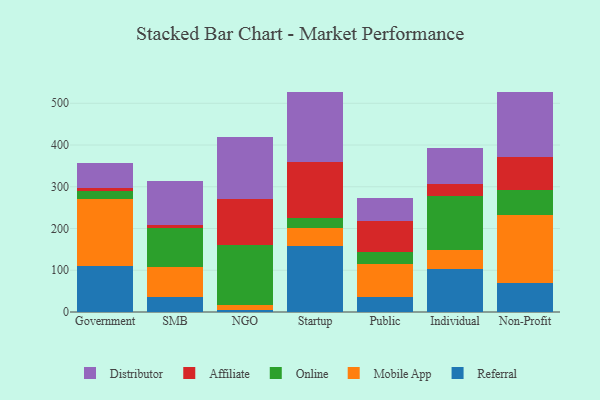
{"axis": {"x": "Segment", "y": "Headcount"}, "legend": ["Affiliate", "Distributor", "Mobile App", "Online", "Referral"], "data": [{"x": "Government", "y": 110.6, "type": "Referral"}, {"x": "Government", "y": 159.2, "type": "Mobile App"}, {"x": "Government", "y": 20.7, "type": "Online"}, {"x": "Government", "y": 6.3, "type": "Affiliate"}, {"x": "Government", "y": 59.0, "type": "Distributor"}, {"x": "SMB", "y": 36.8, "type": "Referral"}, {"x": "SMB", "y": 70.9, "type": "Mobile App"}, {"x": "SMB", "y": 93.7, "type": "Online"}, {"x": "SMB", "y": 7.8, "type": "Affiliate"}, {"x": "SMB", "y": 104.8, "type": "Distributor"}, {"x": "NGO", "y": 5.6, "type": "Referral"}, {"x": "NGO", "y": 10.6, "type": "Mobile App"}, {"x": "NGO", "y": 144.6, "type": "Online"}, {"x": "NGO", "y": 110.1, "type": "Affiliate"}, {"x": "NGO", "y": 148.0, "type": "Distributor"}, {"x": "Startup", "y": 159.3, "type": "Referral"}, {"x": "Startup", "y": 41.4, "type": "Mobile App"}, {"x": "Startup", "y": 25.2, "type": "Online"}, {"x": "Startup", "y": 133.3, "type": "Affiliate"}, {"x": "Startup", "y": 167.3, "type": "Distributor"}, {"x": "Public", "y": 36.6, "type": "Referral"}, {"x": "Public", "y": 78.9, "type": "Mobile App"}, {"x": "Public", "y": 27.6, "type": "Online"}, {"x": "Public", "y": 75.2, "type": "Affiliate"}, {"x": "Public", "y": 56.0, "type": "Distributor"}, {"x": "Individual", "y": 102.7, "type": "Referral"}, {"x": "Individual", "y": 46.0, "type": "Mobile App"}, {"x": "Individual", "y": 128.3, "type": "Online"}, {"x": "Individual", "y": 30.2, "type": "Affiliate"}, {"x": "Individual", "y": 85.5, "type": "Distributor"}, {"x": "Non-Profit", "y": 68.7, "type": "Referral"}, {"x": "Non-Profit", "y": 163.8, "type": "Mobile App"}, {"x": "Non-Profit", "y": 59.4, "type": "Online"}, {"x": "Non-Profit", "y": 78.4, "type": "Affiliate"}, {"x": "Non-Profit", "y": 157.7, "type": "Distributor"}]}